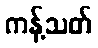
ကန့်သတ်